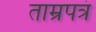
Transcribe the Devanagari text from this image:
ताम्रपत्रं